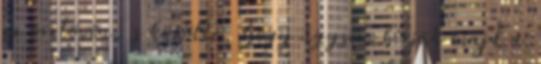
az orrtövén, s közölte, hogy úgysem bírják majd a